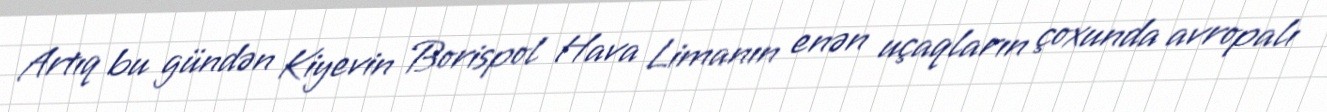
Artıq bu gündən Kiyevin Borispol Hava Limanın enən uçaqların çoxunda avropalı